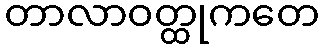
တာလာဝတ္ထုကတေ